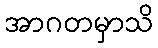
အာဂတမှာသိ